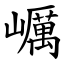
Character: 巁